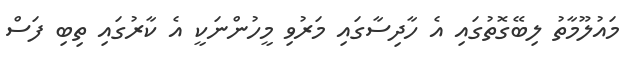
މައުލޫމާތު ލިބޭގޮތުގައި އެ ހާދިސާގައި މަރުވި މީހުންނަކީ އެ ކާރުގައި ތިބި ފަސް